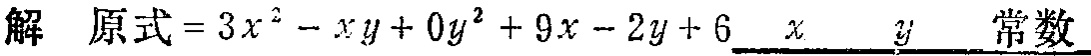
解 原式$=3x^{2}-xy + 0y^{2}+9x - 2y + 6\underline{\hspace{1em}x\hspace{1em}}\underline{\hspace{1em}y\hspace{1em}}\underline{\hspace{1em}\text{常数}\hspace{1em}}$